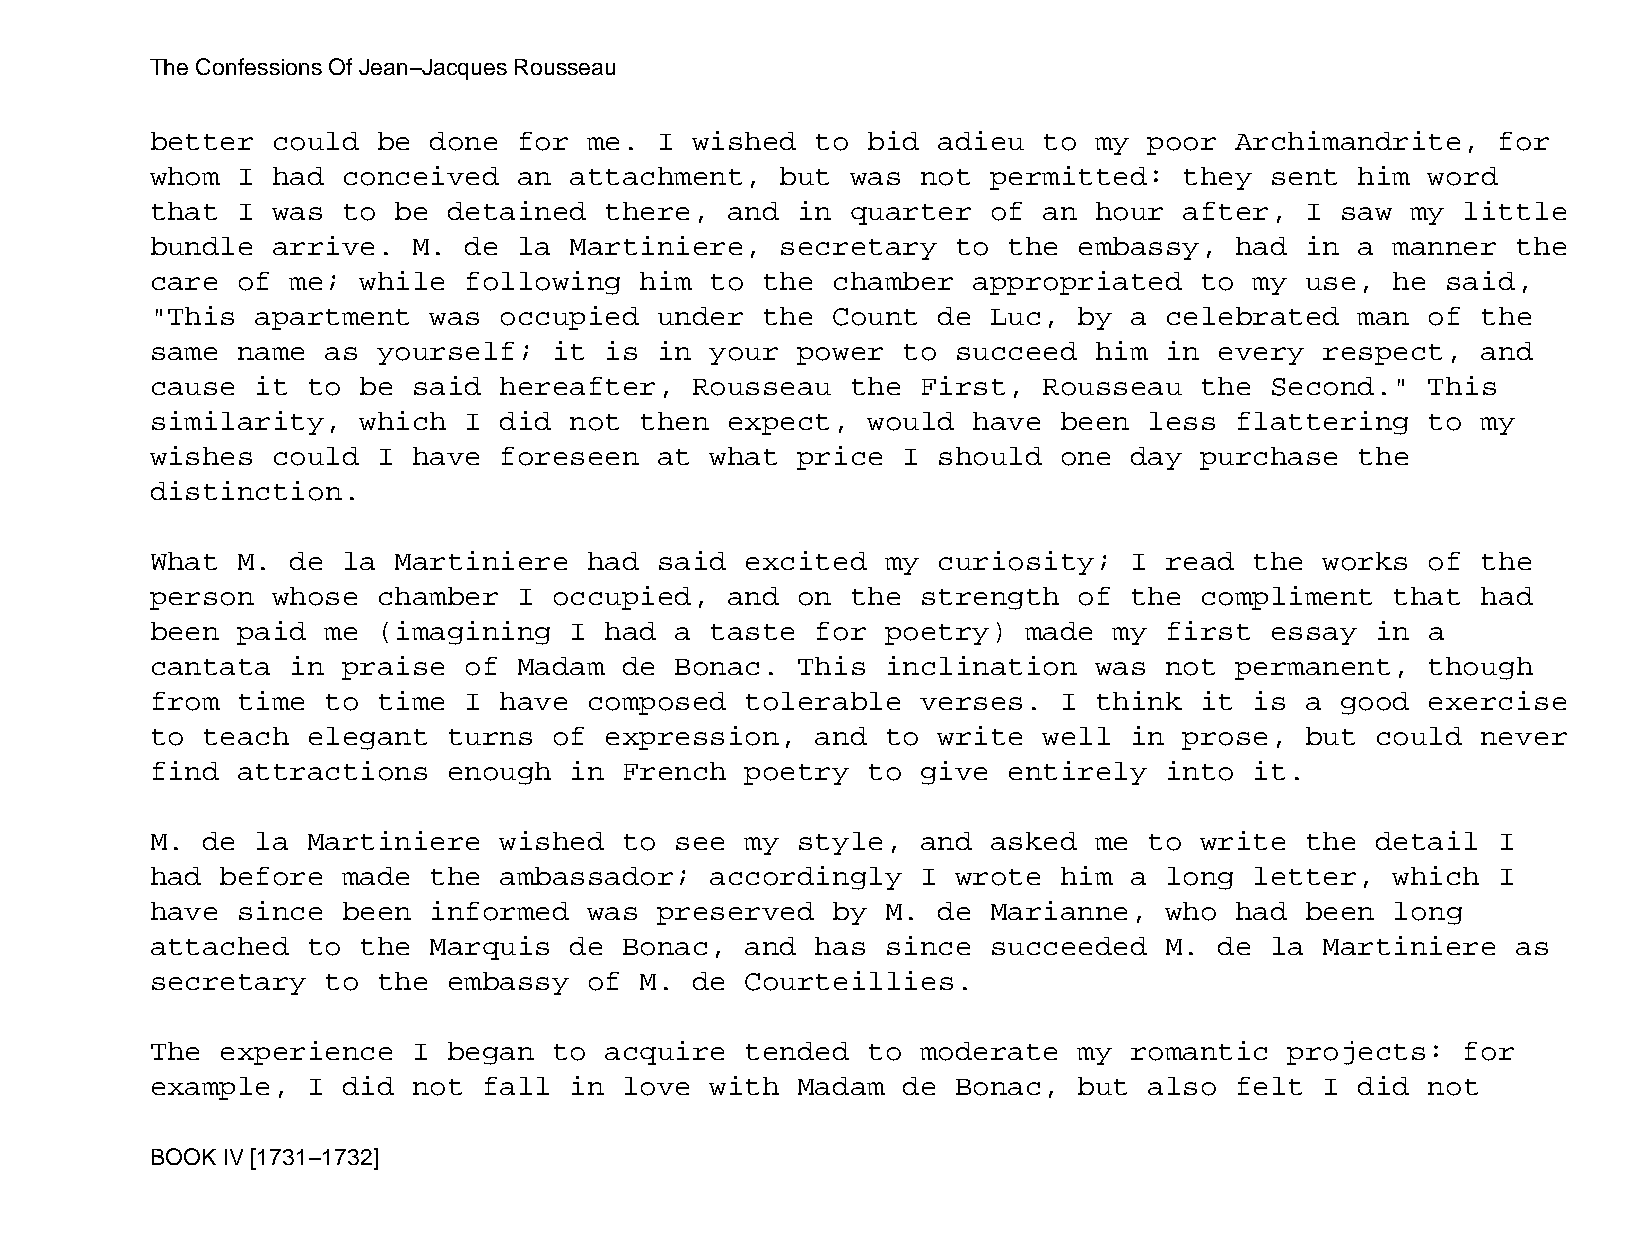
The Confessions Of Jean−Jacques Rousseau
 better  could  be done  for  me.  I wished  to bid  adieu  to my  poor  Archimandrite,   for
 whom  I had  conceived  an  attachment,   but was  not  permitted:  they  sent  him  word
 that  I was  to be  detained  there,  and  in quarter   of an hour  after,  I  saw my  little
 bundle  arrive.  M.  de la  Martiniere,   secretary  to  the embassy,   had in  a manner  the
 care  of me;  while  following  him  to the  chamber  appropriated   to  my use,  he  said,
 "This  apartment  was  occupied   under the  Count  de  Luc, by  a celebrated   man  of the
 same  name  as yourself;   it is  in your  power  to succeed  him  in  every  respect,  and
 cause  it to  be said  hereafter,   Rousseau  the  First,  Rousseau  the  Second."   This
 similarity,   which  I did  not then  expect,  would  have  been  less  flattering   to my
 wishes  could  I have  foreseen   at what  price  I should  one  day purchase   the
 distinction.
 What  M. de  la Martiniere   had  said excited   my curiosity;   I read  the  works  of the
 person  whose  chamber  I  occupied,  and  on the  strength  of  the compliment   that  had
 been  paid  me (imagining   I had  a taste  for  poetry)  made  my first  essay  in  a
 cantata  in  praise  of Madam  de  Bonac.  This  inclination  was  not  permanent,   though
 from  time  to time  I have  composed  tolerable   verses.  I think  it  is a  good  exercise
 to teach  elegant   turns  of expression,   and  to write  well  in prose,  but  could  never
 find  attractions   enough  in French  poetry  to  give  entirely  into  it.
 M. de  la Martiniere   wished  to  see my  style,  and  asked me  to write  the  detail  I
 had  before  made the  ambassador;   accordingly   I wrote  him  a long  letter,  which  I
 have  since  been informed   was  preserved  by  M. de  Marianne,  who  had been  long
 attached  to  the Marquis   de Bonac,  and  has  since  succeeded  M.  de la  Martiniere  as
 secretary   to the  embassy  of M.  de Courteillies.
 The  experience  I  began  to acquire  tended  to  moderate  my  romantic  projects:   for
 example,  I  did not  fall  in love  with  Madam  de Bonac,  but  also  felt  I did  not
 BOOK IV [1731−1732]